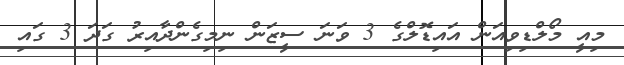
މިއީ މޯލްޑިވިއަން އައިޑޮލްގެ 3 ވަނަ ސީޒަން ނިމިގެންދާއިރު ގަދަ 3 ގައި